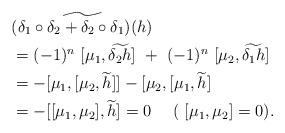
LaTeX: \begin{align*}&\widetilde{( \delta_1 \circ \delta_2 + \delta_2 \circ \delta_1)(h)} \\&= (-1)^{n} ~ [\mu_1, \widetilde{\delta_2 h}] ~+~ (-1)^{n} ~ [\mu_2, \widetilde{\delta_1 h}] \\&= - [\mu_1, [\mu_2, \widetilde{h}] ] - [\mu_2, [\mu_1, \widetilde{h}] \\&= - [[\mu_1, \mu_2], \widetilde{h}] = 0 ~~~~ ( ~[\mu_1, \mu_2] = 0).\end{align*}